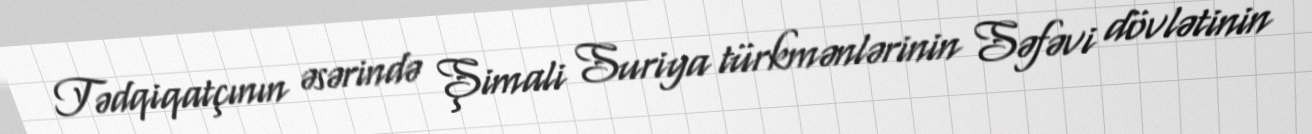
Tədqiqatçının əsərində Şimali Suriya türkmənlərinin Səfəvi dövlətinin